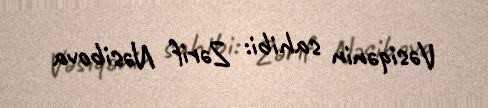
Vəsiqənin sahibi: Zərif Nəsibova